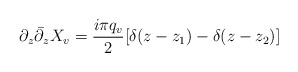
\begin{align*}\partial_z {\bar \partial}_z X_v = {i \pi q_v \over 2} [ \delta(z - z_1) -\delta(z - z_2)]\end{align*}